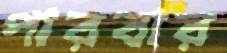
পারবার